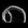
Digit: ၈